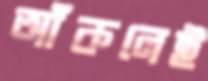
আঁকলেই